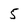
Character: 5